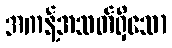
အကန့်အသတ်ရှိသော